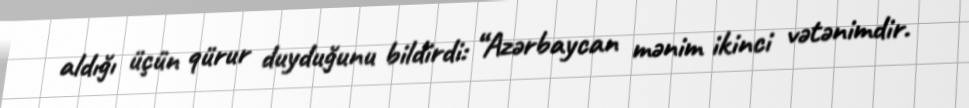
aldığı üçün qürur duyduğunu bildirdi: “Azərbaycan mənim ikinci vətənimdir.